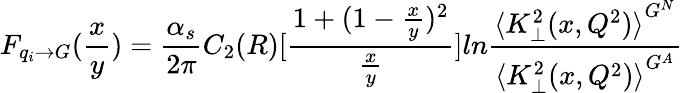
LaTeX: F_{q_{i}\rightarrow G}(\frac xy)=\frac{\alpha_{s}}{2\pi}C_{2}(R)[\frac{1+(1-\frac xy)^{2}}{\frac xy}]ln\frac{{\langle K_{\perp}^{2}(x,Q^{2})\rangle}^{G^{N}}}{{\langle K_{\perp}^{2}(x,Q^{2})\rangle}^{G^{A}}}